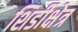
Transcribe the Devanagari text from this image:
शिर्डीक्षेत्र